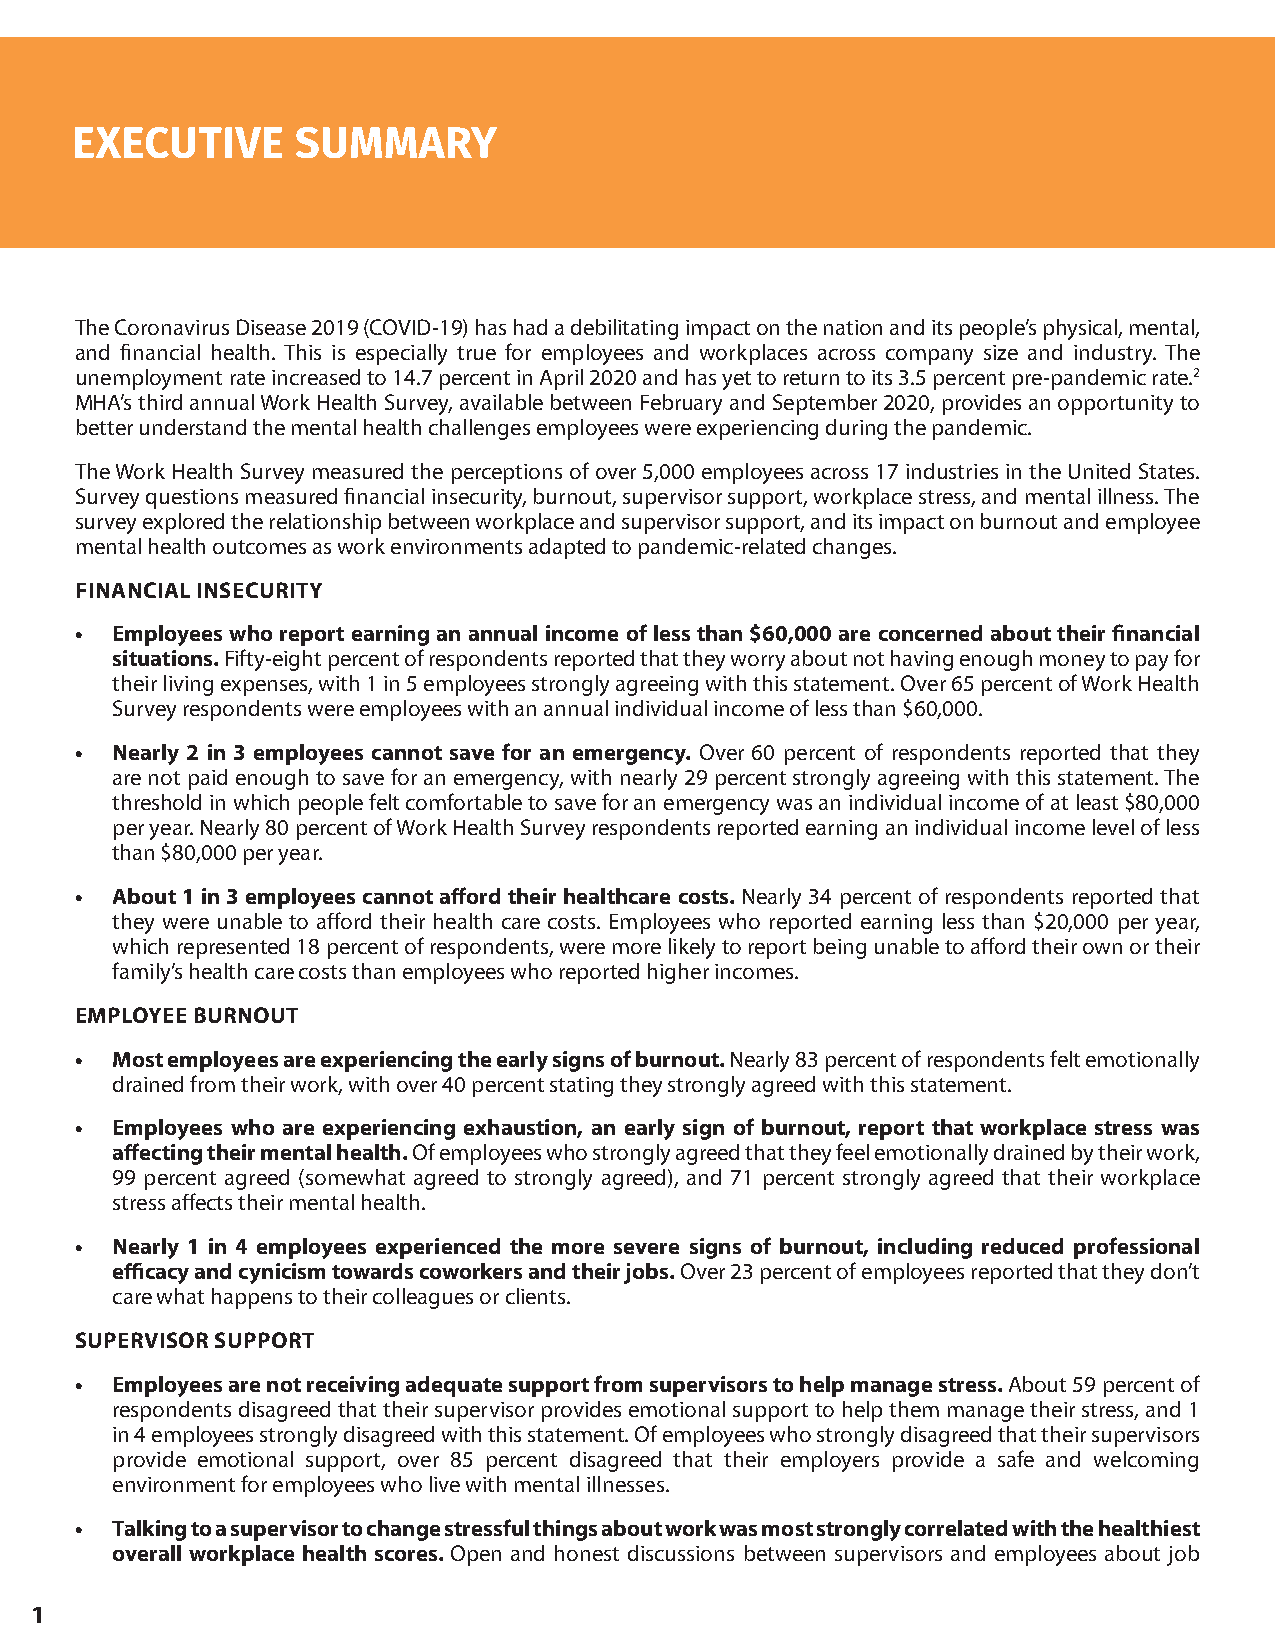
The Coronavirus Disease 2019 (COVID-19) has had a debilitating impact on the nation and its people’s physical, mental,
 and financial health. This is especially true for employees and workplaces across company size and industry. The
 unemployment rate increased to 14.7 percent in April 2020 and has yet to return to its 3.5 percent pre-pandemic rate.2
 MHA’s third annual Work Health Survey, available between February and September 2020, provides an opportunity to
 better understand the mental health challenges employees were experiencing during the pandemic.
 The Work Health Survey measured the perceptions of over 5,000 employees across 17 industries in the United States.
 Survey questions measured financial insecurity, burnout, supervisor support, workplace stress, and mental illness. The
 survey explored the relationship between workplace and supervisor support, and its impact on burnout and employee
 mental health outcomes as work environments adapted to pandemic-related changes.
 FINANCIAL INSECURITY
 • Employees who report earning an annual income of less than $60,000 are concerned about their financial
 situations. Fifty-eight percent of respondents reported that they worry about not having enough money to pay for
 their living expenses, with 1 in 5 employees strongly agreeing with this statement. Over 65 percent of Work Health
 Survey respondents were employees with an annual individual income of less than $60,000.
 • Nearly 2 in 3 employees cannot save for an emergency. Over 60 percent of respondents reported that they
 are not paid enough to save for an emergency, with nearly 29 percent strongly agreeing with this statement. The
 threshold in which people felt comfortable to save for an emergency was an individual income of at least $80,000
 per year. Nearly 80 percent of Work Health Survey respondents reported earning an individual income level of less
 than $80,000 per year.
 • About 1 in 3 employees cannot afford their healthcare costs. Nearly 34 percent of respondents reported that
 they were unable to afford their health care costs. Employees who reported earning less than $20,000 per year,
 which represented 18 percent of respondents, were more likely to report being unable to afford their own or their
 family’s health care costs than employees who reported higher incomes.
 EMPLOYEE BURNOUT
 • Most employees are experiencing the early signs of burnout. Nearly 83 percent of respondents felt emotionally
 drained from their work, with over 40 percent stating they strongly agreed with this statement.
 • Employees who are experiencing exhaustion, an early sign of burnout, report that workplace stress was
 affecting their mental health. Of employees who strongly agreed that they feel emotionally drained by their work,
 99 percent agreed (somewhat agreed to strongly agreed), and 71 percent strongly agreed that their workplace
 stress affects their mental health.
 • Nearly 1 in 4 employees experienced the more severe signs of burnout, including reduced professional
 efficacy and cynicism towards coworkers and their jobs. Over 23 percent of employees reported that they don’t
 care what happens to their colleagues or clients.
 SUPERVISOR SUPPORT
 • Employees are not receiving adequate support from supervisors to help manage stress. About 59 percent of
 respondents disagreed that their supervisor provides emotional support to help them manage their stress, and 1
 in 4 employees strongly disagreed with this statement. Of employees who strongly disagreed that their supervisors
 provide emotional support, over 85 percent disagreed that their employers provide a safe and welcoming
 environment for employees who live with mental illnesses.
 • Talking to a supervisor to change stressful things about work was most strongly correlated with the healthiest
 overall workplace health scores. Open and honest discussions between supervisors and employees about job
 1